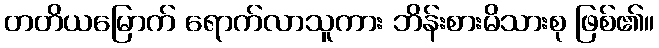
တတိယမြောက် ရောက်လာသူကား ဘိန်းစားမိသားစု ဖြစ်၏။